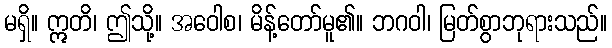
မရှိ။ ဣတိ၊ ဤသို့။ အဝေါစ၊ မိန့်တော်မူ၏။ ဘဂဝါ၊ မြတ်စွာဘုရားသည်။